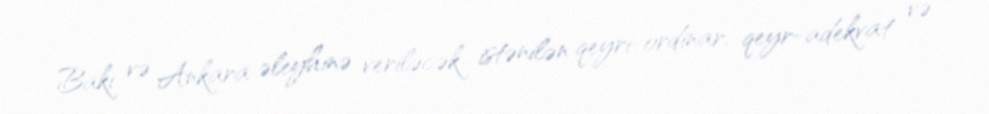
Bakı və Ankara əleyhinə veriləcək istənilən qeyri-ordinar, qeyr-adekvat və